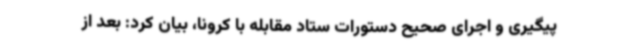
پیگیری و اجرای صحیح دستورات ستاد مقابله با کرونا، بیان کرد: بعد از